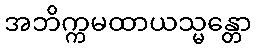
အဘိက္ကမထာယသ္မန္တော